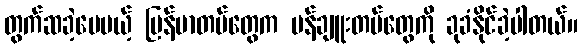
တွက်ဆခဲ့ပေမယ့် မြန်မာတပ်တွေက မန်ချူးတပ်တွေကို ခုခံနိုင်ခဲ့ပါတယ်။